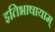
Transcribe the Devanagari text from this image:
इतिभाषायाम्‌